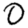
Digit: 0